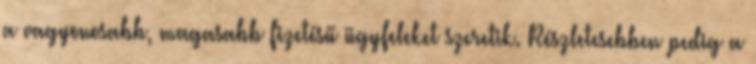
a vagyonosabb, magasabb fizetésű ügyfeleket szeretik. Részletesebben pedig a